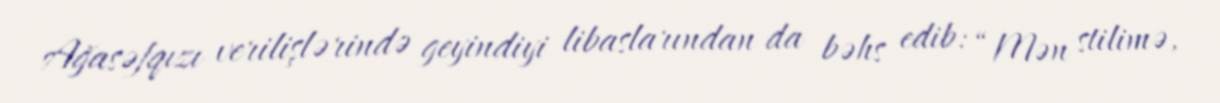
Ağasəfqızı verilişlərində geyindiyi libaslarından da bəhs edib: “Mən stilimə,